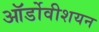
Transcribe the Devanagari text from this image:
ऑर्डोवीशयन